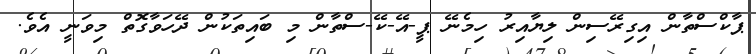
ޕާކްސްތާން އިގިރޭސިން ލިޔާއިރު ހިމެނޭ ޕީ-އޭ-ކޭ-ސްތާން މި ބައިތަކުން ދޭހަވާގޮތް މިވަނީ އެވެ.